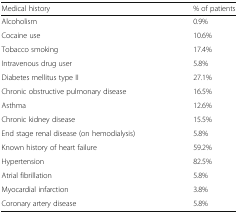
<table><thead><tr><td><b>Medical history</b></td><td><b>% of patients</b></td></tr></thead><tbody><tr><td>Alcoholism</td><td>0.9%</td></tr><tr><td>Cocaine use</td><td>10.6%</td></tr><tr><td>Tobacco smoking</td><td>17.4%</td></tr><tr><td>Intravenous drug user</td><td>5.8%</td></tr><tr><td>Diabetes mellitus type II</td><td>27.1%</td></tr><tr><td>Chronic obstructive pulmonary disease</td><td>16.5%</td></tr><tr><td>Asthma</td><td>12.6%</td></tr><tr><td>Chronic kidney disease</td><td>15.5%</td></tr><tr><td>End stage renal disease (on hemodialysis)</td><td>5.8%</td></tr><tr><td>Known history of heart failure</td><td>59.2%</td></tr><tr><td>Hypertension</td><td>82.5%</td></tr><tr><td>Atrial fibrillation</td><td>5.8%</td></tr><tr><td>Myocardial infarction</td><td>3.8%</td></tr><tr><td>Coronary artery disease</td><td>5.8%</td></tr></tbody></table>